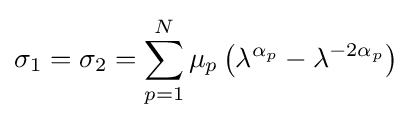
\sigma _{1}=\sigma _{2}=\sum _{p=1}^{N}\mu _{p}\left(\lambda ^{\alpha _{p}}-\lambda ^{-2\alpha _{p}}\right)